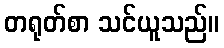
တရုတ်စာ သင်ယူသည်။